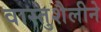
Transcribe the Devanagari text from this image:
वास्तुशैलीने